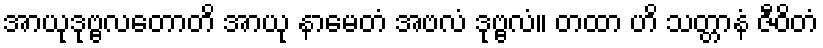
အာယုဒုဗ္ဗလတောတိ အာယု နာမေတံ အဗလံ ဒုဗ္ဗလံ။ တထာ ဟိ သတ္တာနံ ဇီဝိတံ